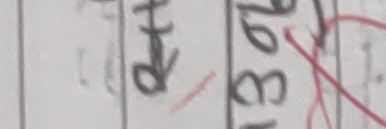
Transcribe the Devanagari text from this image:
‡म २१३७